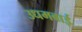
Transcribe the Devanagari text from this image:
उधमबाई